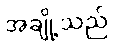
အချို့သည်